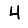
Digit: 4